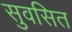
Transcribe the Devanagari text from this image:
सुवसित